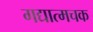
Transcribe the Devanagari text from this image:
गद्यात्मचक